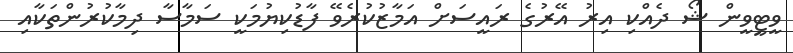
ވީޓީވީން ޝޯ ދެއްްކި އިރު އޭރުގެ ރައީސަށް އަމާޒުކުރެވޭ ފާޑުކިޔުމަކީ ސަމާސާ ދިމާކުރުންތަކާއި